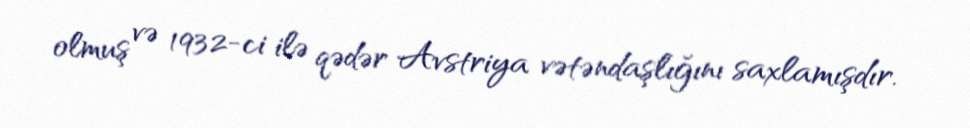
olmuş və 1932-ci ilə qədər Avstriya vətəndaşlığını saxlamışdır.